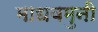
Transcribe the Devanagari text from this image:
माधवमुनी